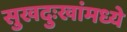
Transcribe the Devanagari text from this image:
सुखदुःखांमध्ये